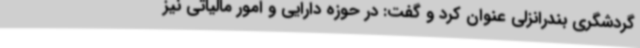
گردشگری بندرانزلی عنوان کرد و گفت: در حوزه دارایی و امور مالیاتی نیز